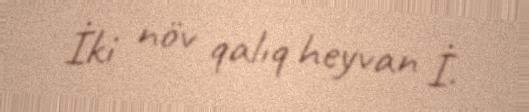
İki növ qalıq heyvan İ.